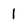
Character: 1